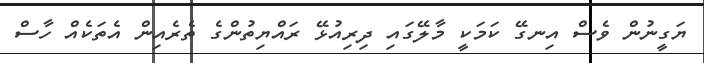
ޔަގީނުން ވެސް އިނގޭ ކަމަކީ މާލޭގައި ދިރިއުޅޭ ރައްޔިތުންގެ ތެރެއިން އެތަކެއް ހާސް